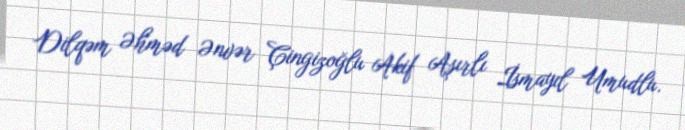
Dilqəm Əhməd Ənvər Çingizoğlu Akif Aşırlı İsmayıl Umudlu.